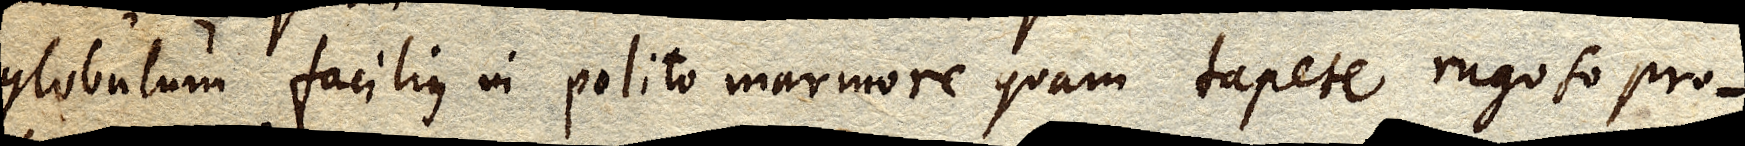
globulum facilius in polito marmore quam tapete rugoso pro–